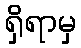
ရှိရာမှ